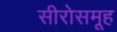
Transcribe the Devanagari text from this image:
सीरोसमूह